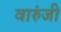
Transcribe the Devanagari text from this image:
वारुंजी